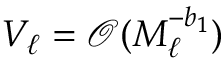
V _ { \ell } = \mathcal { O } ( M _ { \ell } ^ { - b _ { 1 } } )